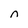
Character: n